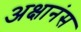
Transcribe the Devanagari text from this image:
अक्षानंस